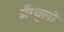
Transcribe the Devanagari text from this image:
अँग्युलो